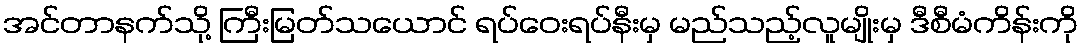
အင်တာနက်သို့ ကြီးမြတ်သယောင် ရပ်ဝေးရပ်နီးမှ မည်သည့်လူမျိုးမှ ဒီစီမံကိန်းကို